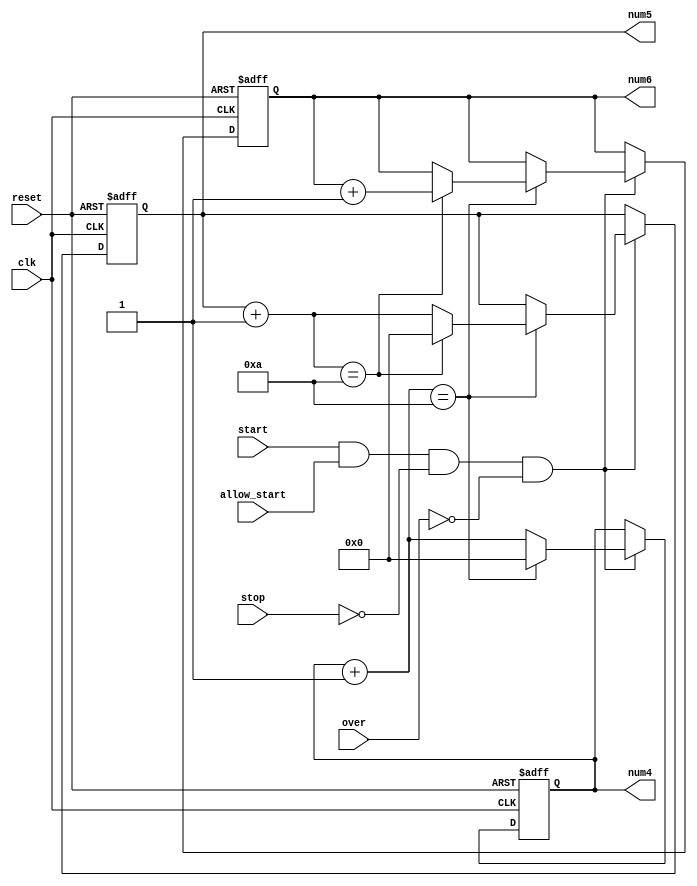
`timescale 1ns / 1ps
//////////////////////////////////////////////////////////////////////////////////
// Company: 
// Engineer: 
// 
// Design Name: 
// Module Name: Tabsum
// Project Name: 
// Target Devices: 
// Tool Versions: 
// Description: 
// 
// Dependencies: 
// 
// Revision:
// Revision 0.01 - File Created
// Additional Comments:
// 
//////////////////////////////////////////////////////////////////////////////////


module Tabsum(
    input reset,
    input clk,
    input start,
    input allow_start,
    input stop,
    input over,
    output reg [3:0] num6,
    output reg [3:0] num5,
    output reg [3:0] num4
    );
    initial
    begin
        num6 = 0;
        num5 = 0;
        num4 = 0;
    end
    always @ (posedge clk or posedge reset)
    begin
        if(reset)
        begin
            num6 = 0;
            num5 = 0;
            num4 = 0;
        end
        else if(start && allow_start && !stop && !over)
        begin
            num4 = num4 + 1;
            if(num4 == 10)
            begin
                num4 = 0;
                num5 = num5 + 1;
                if(num5 == 10)
                begin
                    num5 = 0;
                    num6 = num6 + 1;
                end
            end
        end
        else if(stop)
        begin
        end
    end
endmodule